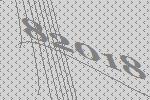
82018